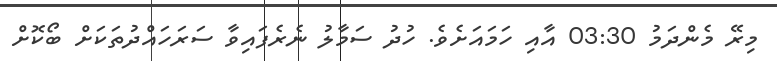
މިރޭ މެންދަމު 03:30 އާއި ހަމައަށެވެ. ހުދު ސަމާލު ނެެރެފައިވާ ސަރަހައްދުތަކަށް ބޯކޮށް